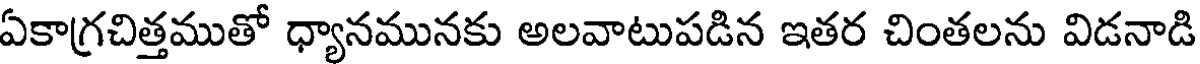
ఏకాగ్రచిత్తముతో ధ్యానమునకు అలవాటుపడిన ఇతర చింతలను విడనాడి